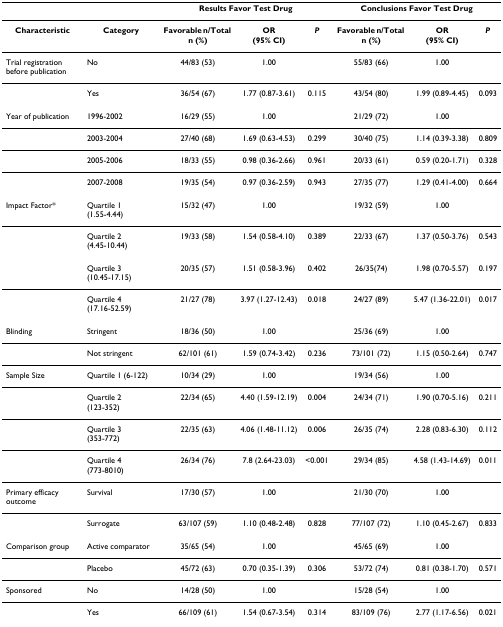
<table><thead><tr><td></td><td></td><td colspan="3"><b>Results Favor Test Drug</b></td><td colspan="3"><b>Conclusions Favor Test Drug</b></td></tr></thead><tbody><tr><td><b>Characteristic</b></td><td><b>Category</b></td><td><b>Favorable n/Total n (%)</b></td><td><b>OR</b><b>(95% CI)</b></td><td><b><i>P</i></b></td><td><b>Favorable n/Total n (%)</b></td><td><b>OR</b><b>(95% CI)</b></td><td><b><i>P</i></b></td></tr><tr><td>Trial registration before publication</td><td>No</td><td>44/83 (53)</td><td>1.00</td><td></td><td>55/83 (66)</td><td>1.00</td><td></td></tr><tr><td></td><td>Yes</td><td>36/54 (67)</td><td>1.77 (0.87-3.61)</td><td>0.115</td><td>43/54 (80)</td><td>1.99 (0.89-4.45)</td><td>0.093</td></tr><tr><td>Year of publication</td><td>1996-2002</td><td>16/29 (55)</td><td>1.00</td><td></td><td>21/29 (72)</td><td>1.00</td><td></td></tr><tr><td></td><td>2003-2004</td><td>27/40 (68)</td><td>1.69 (0.63-4.53)</td><td>0.299</td><td>30/40 (75)</td><td>1.14 (0.39-3.38)</td><td>0.809</td></tr><tr><td></td><td>2005-2006</td><td>18/33 (55)</td><td>0.98 (0.36-2.66)</td><td>0.961</td><td>20/33 (61)</td><td>0.59 (0.20-1.71)</td><td>0.328</td></tr><tr><td></td><td>2007-2008</td><td>19/35 (54)</td><td>0.97 (0.36-2.59)</td><td>0.943</td><td>27/35 (77)</td><td>1.29 (0.41-4.00)</td><td>0.664</td></tr><tr><td>Impact Factor*</td><td>Quartile 1 (1.55-4.44)</td><td>15/32 (47)</td><td>1.00</td><td></td><td>19/32 (59)</td><td>1.00</td><td></td></tr><tr><td></td><td>Quartile 2 (4.45-10.44)</td><td>19/33 (58)</td><td>1.54 (0.58-4.10)</td><td>0.389</td><td>22/33 (67)</td><td>1.37 (0.50-3.76)</td><td>0.543</td></tr><tr><td></td><td>Quartile 3 (10.45-17.15)</td><td>20/35 (57)</td><td>1.51 (0.58-3.96)</td><td>0.402</td><td>26/35(74)</td><td>1.98 (0.70-5.57)</td><td>0.197</td></tr><tr><td></td><td>Quartile 4 (17.16-52.59)</td><td>21/27 (78)</td><td>3.97 (1.27-12.43)</td><td>0.018</td><td>24/27 (89)</td><td>5.47 (1.36-22.01)</td><td>0.017</td></tr><tr><td>Blinding</td><td>Stringent</td><td>18/36 (50)</td><td>1.00</td><td></td><td>25/36 (69)</td><td>1.00</td><td></td></tr><tr><td></td><td>Not stringent</td><td>62/101 (61)</td><td>1.59 (0.74-3.42)</td><td>0.236</td><td>73/101 (72)</td><td>1.15 (0.50-2.64)</td><td>0.747</td></tr><tr><td>Sample Size</td><td>Quartile 1 (6-122)</td><td>10/34 (29)</td><td>1.00</td><td></td><td>19/34 (56)</td><td>1.00</td><td></td></tr><tr><td></td><td>Quartile 2 (123-352)</td><td>22/34 (65)</td><td>4.40 (1.59-12.19)</td><td>0.004</td><td>24/34 (71)</td><td>1.90 (0.70-5.16)</td><td>0.211</td></tr><tr><td></td><td>Quartile 3 (353-772)</td><td>22/35 (63)</td><td>4.06 (1.48-11.12)</td><td>0.006</td><td>26/35 (74)</td><td>2.28 (0.83-6.30)</td><td>0.112</td></tr><tr><td></td><td>Quartile 4 (773-8010)</td><td>26/34 (76)</td><td>7.8 (2.64-23.03)</td><td>&lt;0.001</td><td>29/34 (85)</td><td>4.58 (1.43-14.69)</td><td>0.011</td></tr><tr><td>Primary efficacy outcome</td><td>Survival</td><td>17/30 (57)</td><td>1.00</td><td></td><td>21/30 (70)</td><td>1.00</td><td></td></tr><tr><td></td><td>Surrogate</td><td>63/107 (59)</td><td>1.10 (0.48-2.48)</td><td>0.828</td><td>77/107 (72)</td><td>1.10 (0.45-2.67)</td><td>0.833</td></tr><tr><td>Comparison group</td><td>Active comparator</td><td>35/65 (54)</td><td>1.00</td><td></td><td>45/65 (69)</td><td>1.00</td><td></td></tr><tr><td></td><td>Placebo</td><td>45/72 (63)</td><td>0.70 (0.35-1.39)</td><td>0.306</td><td>53/72 (74)</td><td>0.81 (0.38-1.70)</td><td>0.571</td></tr><tr><td>Sponsored</td><td>No</td><td>14/28 (50)</td><td>1.00</td><td></td><td>15/28 (54)</td><td>1.00</td><td></td></tr><tr><td></td><td>Yes</td><td>66/109 (61)</td><td>1.54 (0.67-3.54)</td><td>0.314</td><td>83/109 (76)</td><td>2.77 (1.17-6.56)</td><td>0.021</td></tr></tbody></table>